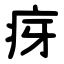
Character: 疨